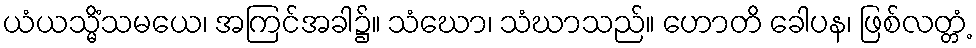
ယံယသ္မိံသမယေ၊ အကြင်အခါ၌။ သံဃော၊ သံဃာသည်။ ဟောတိ ခေါပန၊ ဖြစ်လတ္တံ့